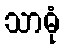
သာဓုံ